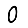
Digit: 0